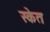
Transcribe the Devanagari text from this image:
स्केत